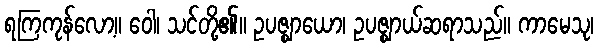
ရကြကုန်လော့။ ဝေါ၊ သင်တို့၏။ ဥပဇ္ဈာယော၊ ဥပဇ္ဈာယ်ဆရာသည်။ ကာမေသု၊